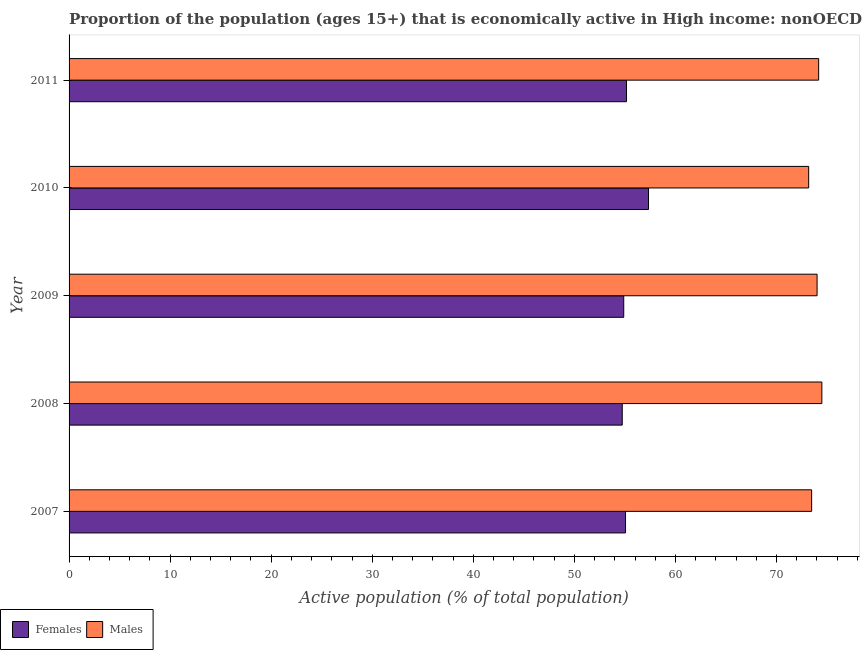
| Year | Females | Males |
 | --- | --- | --- |
 | 2007 | 55.1 | 73.5 |
 | 2008 | 54.7 | 74.5 |
 | 2009 | 54.9 | 74 |
 | 2010 | 57.3 | 73.2 |
 | 2011 | 55.2 | 74.2 |